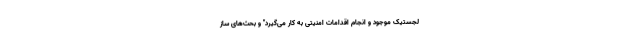
لجستیک موجود و انجام اقدامات امنیتی به کار می‌گیرد" و بحث‌های ساز